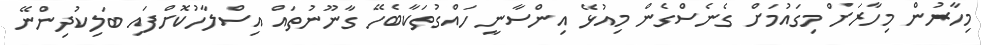
މިހާރުން މިހާރަށް މިގައުމަށް ގެނެސްގެން މިއުޅޭ އިންސާނީ ހައްގުތަކާބެހޭ ގާނޫނުތައް އިސްލާހުކޮށްފައި ބަލިކުދިންނޭ